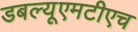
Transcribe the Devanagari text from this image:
डबल्यूएमटीएच